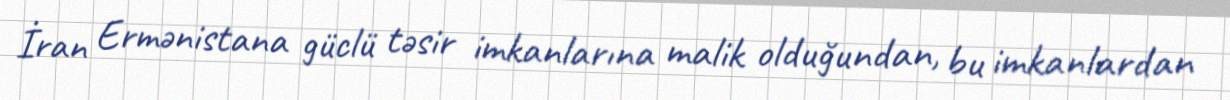
İran Ermənistana güclü təsir imkanlarına malik olduğundan, bu imkanlardan